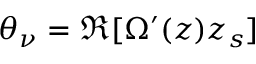
\theta _ { \nu } = \Re [ \Omega ^ { \prime } ( z ) z _ { s } ]